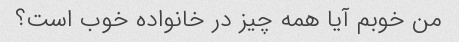
من خوبم آیا همه چیز در خانواده خوب است؟